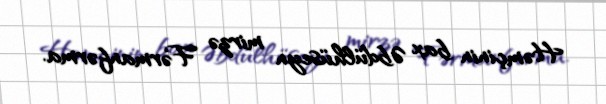
Həmçinin bax Əbdülhüseyn mirzə Fərmanfərma.